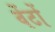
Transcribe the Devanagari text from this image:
वेंटों